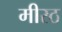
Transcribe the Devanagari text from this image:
मीरठ